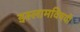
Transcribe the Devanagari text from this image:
इस्लामविषयी